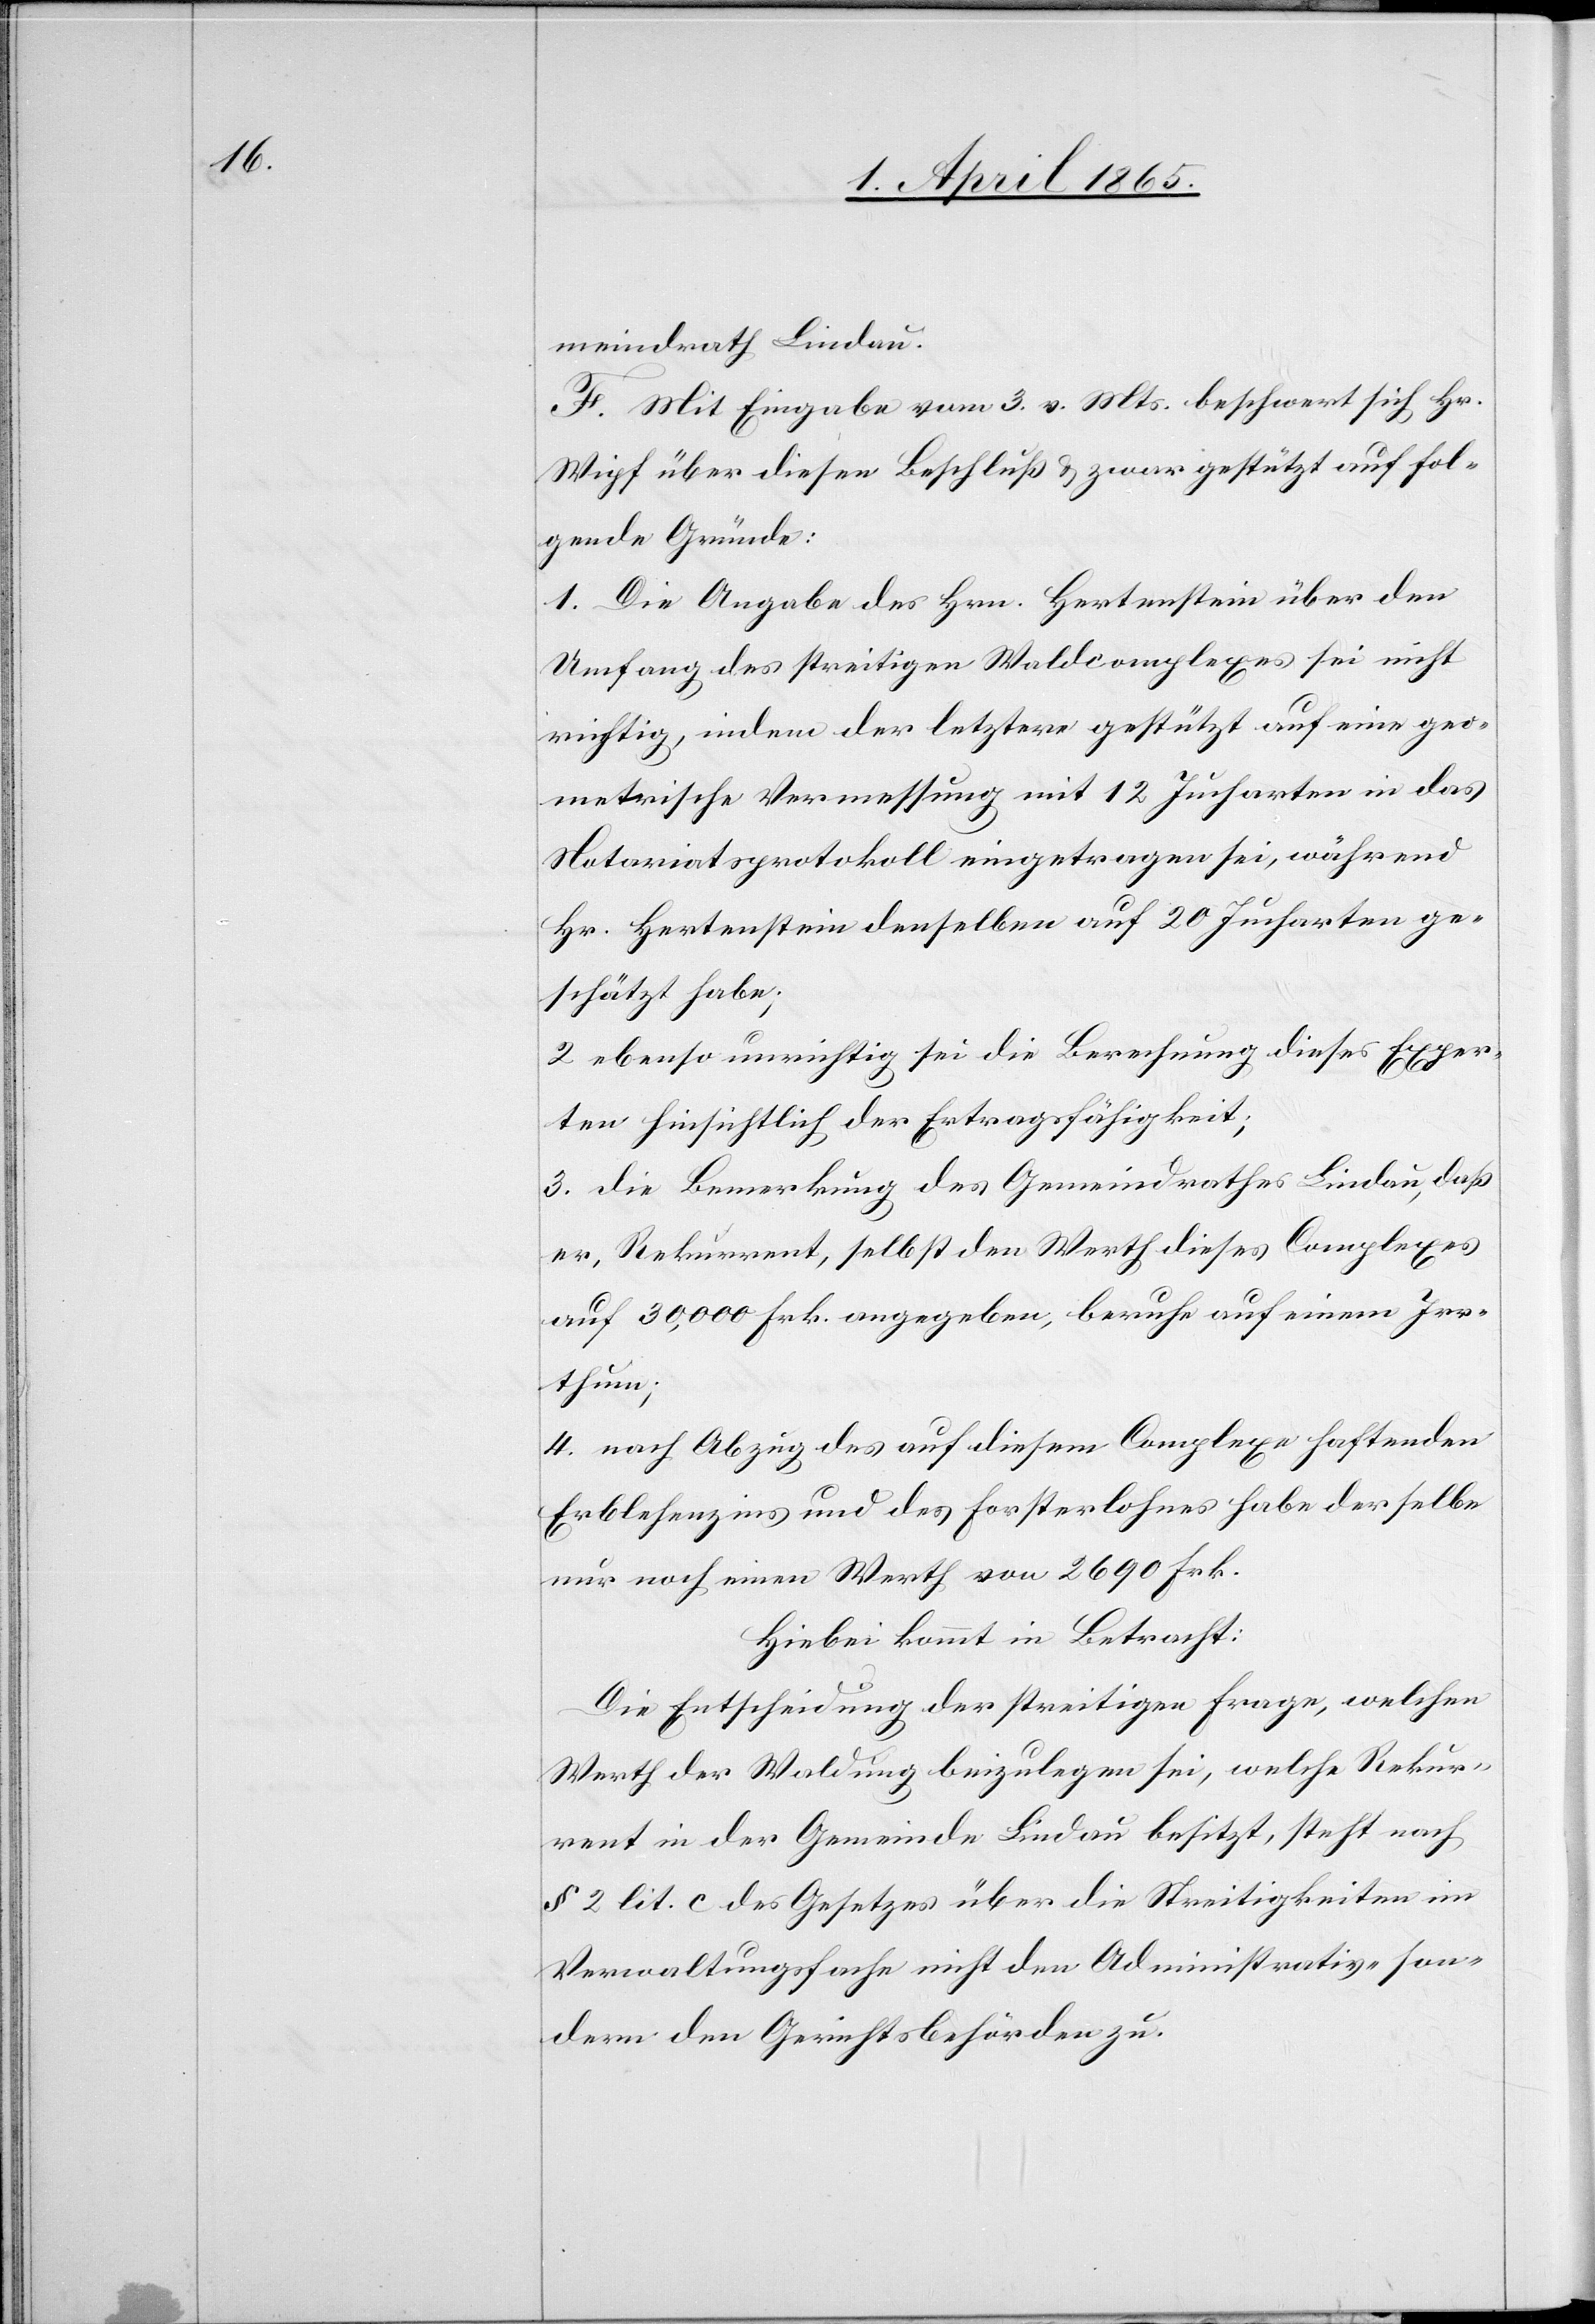
meindrath Lindau.
F. Mit Eingabe vom 3. v. Mts. beschwert sich Hr.
Wipf über diesen Beschluß & zwar gestützt auf fol¬
gende Gründe:
1. Die Angabe des Hrn. Hertenstein über den
Umfang des streitigen Waldcomplexes sei nicht
richtig, indem der letztere gestützt auf eine geo¬
metrische Vermessung mit 12 Jucharten in das
Notariatsprotokoll eingetragen sei, während
Hr. Hertenstein denselben auf 20 Jucharten ge¬
schätzt habe;
2 ebenso unrichtig sei die Berechnung dieses Exper¬
ten hinsichtlich der Ertragsfähigkeit;
3. Die Bemerkung des Gemeindrathes Lindau, daß
er, Rekurrent, selbst den Werth dieses Complexes
auf 30,000 Frk. angegeben, beruhe auf einem Irr¬
thum;
4. nach Abzug des auf diesem Complexe haftenden
Erblehenzinses und des Forsterlohnes habe derselbe
nur noch einen Werth von 2690 Frk.
Hiebei kommt in Betracht:
Die Entscheidung der streitigen Frage, welchen
Werth der Waldung beizulegen sei, welche Rekur¬
rent in der Gemeinde Lindau besitzt, steht nach
§ 2 lit. c des Gesetzes über die Streitigkeiten im
Verwaltungsfache nicht den Administrativ- son¬
dern den Gerichtsbehörden zu.